Lunatic asylums in Bengal annual reports 1899-1911 - 1899-1911
Year: 1899
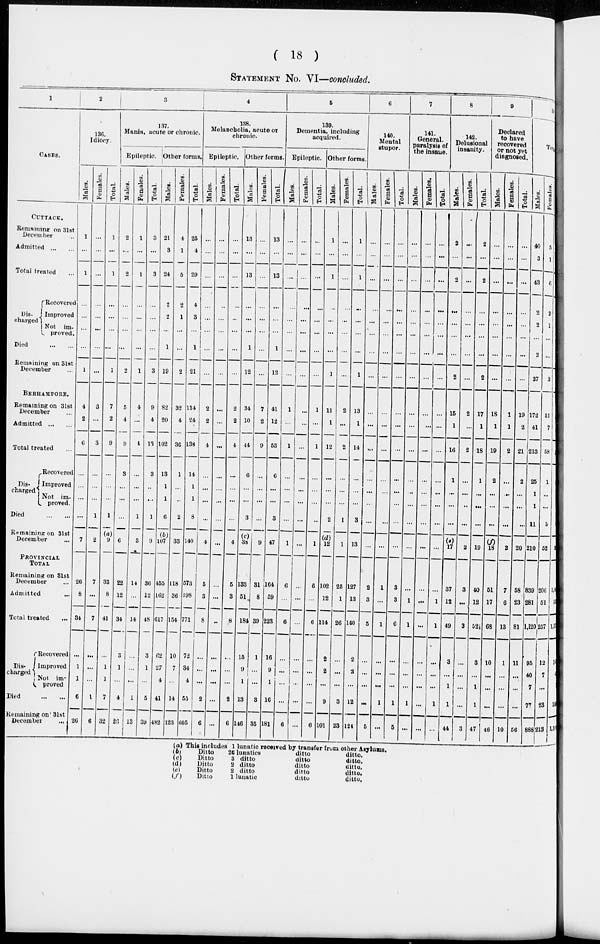
( 18 )
STATEMENT No. VI—concluded.
1
CASES.
CUTTACK.
Remaining on 31st
December ...
Admitted
...
...
Total treated ...
Dis-
charged
Recovered
Improved
Not
im¬
proved.
Died
...
...
Remaining on 31st
December
BERHAMPORE.
Remaining on 31st
December ...
Admitted
...
...
Total treated ...
Dis-
charged
Recovered
Improved
Not im¬
proved.
Died
...
...
Remaining on 31st
December ...
PROVINCIAL
TOTAL
Remaining on 31st
December ...
Admitted ...
Total treated ...
Dis-
charged
Recovered
Improved
Not im¬
proved
Died
...
...
Remaining on 31st
December ...
2
136.
Idiocy.
Males.
1
...
1
...
...
...
...
1
4
2
6
...
...
...
...
7
26
8
34
...
1
1
6
26
Females.
...
...
...
...
...
...
...
...
3
...
3
...
...
...
1
2
7
...
7
...
...
...
1
6
Total.
1
...
1
...
...
...
...
1
7
2
9
...
...
...
1
(a)
9
33
8
41
...
1
1
7
32
3
137.
Mania, acute or chronic.
Epileptic.
Males.
2
...
2
...
...
...
...
2
5
4
9
3
...
...
...
6
22
12
34
3
1
...
4
29
Females.
1
...
1
...
...
...
...
1
4
...
4
...
...
...
1
3
14
...
14
...
...
...
1
13
Total.
3
...
3
...
...
...
...
3
9
4
13
3
...
...
1
9
36
12
48
3
1
...
5
39
Other forms.
Males.
21
3
24
2
2
...
1
19
82
20
102
13
1
1
6
(b)
107
455
162
617
62
27
4
41
482
Females.
4
1
5
2
1
...
...
2
32
4
36
1
...
...
2
33
118
36
154
10
7
...
14
123
Total.
25
4
29
4
3
...
1
21
114
24
138
14
1
1
8
140
573
198
771
72
34
4
55
505
4
138.
Melancholia, acute or
chronic.
Epileptic.
Males.
...
...
...
...
...
...
...
...
2
2
4
...
...
...
...
4
5
3
8
...
...
...
2
6
Females.
...
...
...
...
...
...
...
...
...
...
...
...
...
...
...
...
...
...
...
...
...
...
...
...
Total.
...
...
...
...
...
...
...
...
2
2
4
...
...
...
...
4
5
3
8
...
...
...
2
6
Other forms.
Males.
13
...
13
...
...
...
1
12
34
10
44
6
...
...
3
(c)
38
133
51
184
15
9
1
13
146
Females.
...
...
...
...
...
...
...
...
7
2
9
...
...
...
...
9
31
8
39
1
...
...
3
35
Total.
13
...
13
...
...
...
1
12
41
12
53
6
...
...
3
47
164
59
223
16
9
1
16
181
5
139.
Dementia, including
acquired.
Epileptic.
Males.
...
...
...
...
...
...
...
...
1
...
1
...
...
...
...
1
6
...
6
...
...
...
...
6
Females.
...
...
...
...
...
...
...
...
...
...
...
...
...
...
...
...
...
...
...
...
...
...
...
...
Total.
...
...
...
...
...
...
...
...
1
...
1
...
...
...
...
1
6
...
6
...
...
...
...
6
Other forms.
Males.
1
...
1
...
...
...
...
1
11
1
12
...
...
...
2
(d)
12
102
12
114
2
2
...
9
101
Females.
...
...
...
...
...
...
...
...
2
...
2
...
...
...
1
1
25
1
26
...
...
...
3
23
Total.
|
1
...
1
...
...
...
...
1
13
1
14
...
...
...
3
13
127
13
140
2
2
...
12
124
6
140.
Mental
stupor.
Males.
...
...
...
...
...
...
...
...
...
...
...
...
...
...
...
...
2
3
5
...
...
...
...
5
Females.
...
...
...
...
...
...
...
...
...
...
...
...
...
...
...
...
1
...
1
...
...
...
1
...
Total.
...
...
...
...
...
...
...
...
...
...
...
...
...
...
...
...
3
3
6
...
...
...
1
5
7
141.
General.
paralysis of
the insane.
Males.
...
...
...
...
...
...
...
...
...
...
...
...
...
...
...
...
...
1
1
...
...
...
1
...
Females.
...
...
...
...
...
...
...
...
...
...
...
...
...
...
...
...
...
...
...
...
...
...
...
...
Total.
...
...
...
...
...
...
...
...
...
...
...
...
...
...
...
...
...
1
1
...
...
...
1
...
8
142.
Delusional
insanity.
Males.
2
...
2
...
...
...
...
2
15
1
16
1
...
...
...
(e)
17
37
12
49
3
...
1
1
44
Females.
...
...
...
...
...
...
...
...
2
...
2
...
...
...
...
2
3
...
3
...
...
...
...
3
Total.
2
...
2
...
...
...
...
2
17
1
18
1
...
...
...
19
40
12
52
3
...
1
1
47
9
Declared
to have
recovered
or not yet
diagnosed.
Males.
...
...
...
...
...
...
...
...
18
1
19
2
...
...
...
(f)
18
51
17
68
10
...
...
...
46
Females.
...
...
...
...
...
...
...
...
1
1
2
...
...
...
...
2
7
6
13
1
...
...
...
10
Total.
...
...
...
...
...
...
...
...
19
2
21
2
...
...
...
20
58
23
81
11
...
...
...
56
10
Total.
Males.
40
3
43
2
2
...
2
37
172
41
213
25
1
1
11
210
839
281
1,120
95
40
7
77
888
Females.
5
1
6
2
1
...
...
3
51
7
58
1
...
...
5
52
206
51
257
12
7
...
23
213
Total.
45
4
49
4
3
...
2
40
223
48
271
26
1
1
16
262
1045
332
1377
107
47
7
100
1101
(a) This includes 1 lunatic received by transfer from other Asylums.
(b)
(c)
(d)
(e)
(f)
Ditto
Ditto
Ditto
Ditto
Ditto
20 lunatics
3 ditto
2 ditto
2 ditto
1 lunatic
ditto
ditto
ditto
ditto
ditto
ditto.
ditto.
ditto.
ditto.
ditto.